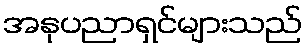
အနုပညာရှင်များသည်